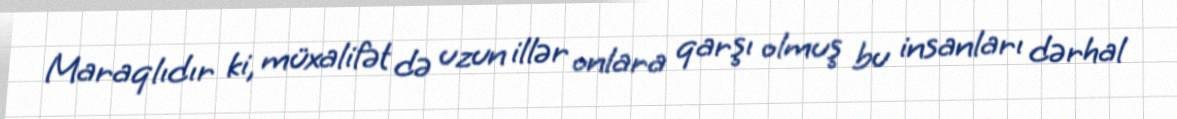
Maraqlıdır ki, müxalifət də uzun illər onlara qarşı olmuş bu insanları dərhal